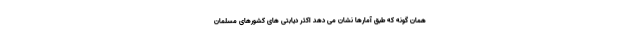
همان گونه که طبق آمارها نشان می دهد اکثر دیابتی های کشورهای مسلمان